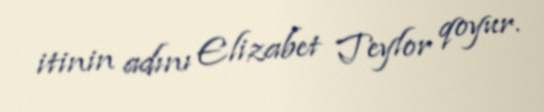
itinin adını Elizabet Teylor qoyur.